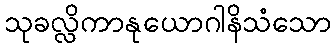
သုခလ္လိကာနုယောဂါနိသံသော